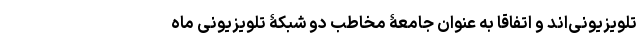
تلویزیونی‌اند و اتفاقا به عنوان جامعۀ مخاطب دو شبکۀ تلویزیونی ماه